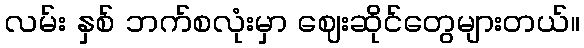
လမ်း နှစ် ဘက်စလုံးမှာ ဈေးဆိုင်တွေများတယ်။